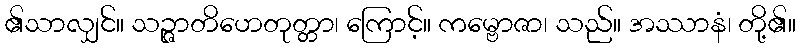
၏သာလျှင်။ သဉ္ဇာတိဟေတုတ္တာ၊ ကြောင့်။ ကမ္ဗောဇာ၊ သည်။ အဿာနံ၊ တို့၏။